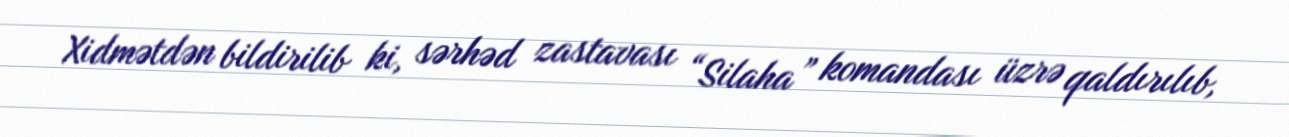
Xidmətdən bildirilib ki, sərhəd zastavası “Silaha” komandası üzrə qaldırılıb,